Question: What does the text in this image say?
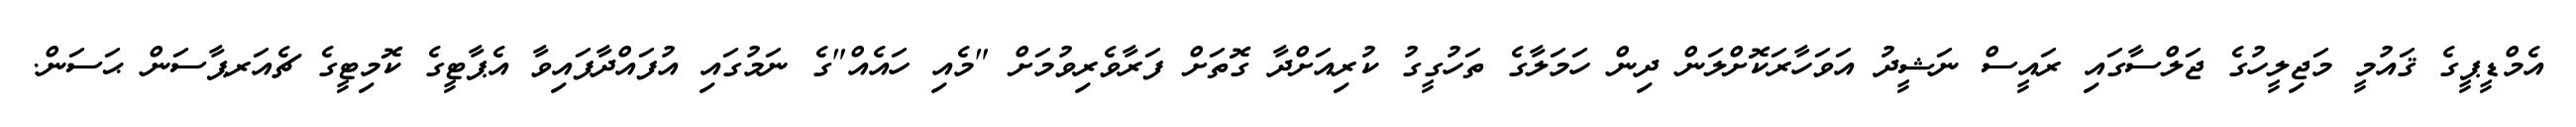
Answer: އެމްޑީޕީގެ ޤައުމީ މަޖިލީހުގެ ޖަލްސާގައި ރައީސް ނަޝީދު އަވަހާރަކޮށްލަން ދިން ހަމަލާގެ ތަހުގީގު ކުރިއަށްދާ ގޮތަށް ފަރާވެރިވުމަށް "މެއި ހައެއް"ގެ ނަމުގައި އުފައްދާފައިވާ އެޕާޓީގެ ކޮމިޓީގެ ޗެއަރޕާސަން ޙަސަން.